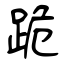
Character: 跪